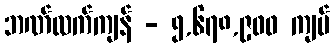
ဘဏ်လက်ကျန် - ၅,၆၇၈,၉၀၀ ကျပ်